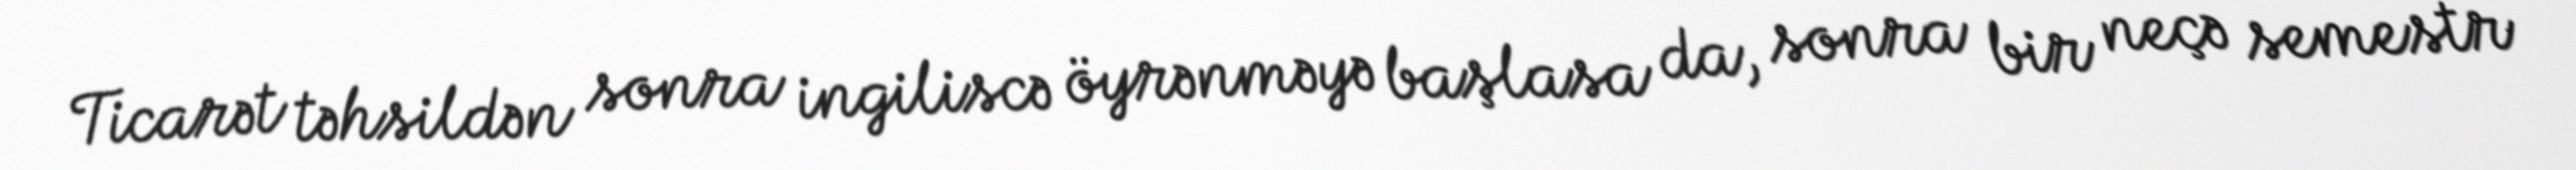
Ticarət təhsildən sonra ingiliscə öyrənməyə başlasa da, sonra bir neçə semestr